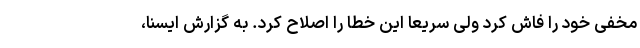
مخفی خود را فاش کرد ولی سریعا این خطا را اصلاح کرد. به گزارش ایسنا،